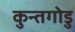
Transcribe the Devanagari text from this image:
कुन्तगोडु